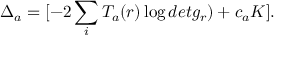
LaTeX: \Delta _ { a } = [ - 2 \sum _ { i } T _ { a } ( r ) \log d e t g _ { r } ) + c _ { a } K ] .